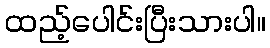
ထည့်ပေါင်းပြီးသားပါ။